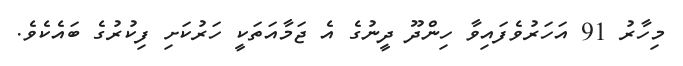
މިހާރު 91 އަހަރުވެފައިވާ ހިންދޫ ދީނުގެ އެ ޖަމާއަތަކީ ހަރުކަށި ފިކުރުގެ ބައެކެވެ.